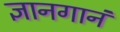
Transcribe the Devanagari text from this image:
ज्ञानगानं